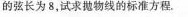
的长为8，试抛物线的标准方程。